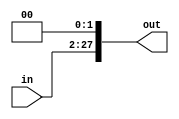
`timescale 1ns / 1ps
//////////////////////////////////////////////////////////////////////////////////
// Company: 
// Engineer: 
// 
// Design Name: 
// Module Name: shift_left_26_28
// Project Name: 
// Target Devices: 
// Tool Versions: 
// Description: 
// 
// Dependencies: 
// 
// Revision:
// Revision 0.01 - File Created
// Additional Comments:
// 
//////////////////////////////////////////////////////////////////////////////////


module shift_left_26_28 (
  input [25:0] in,
  output [27:0] out
);

  assign out = {in, 2'b00};

endmodule